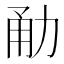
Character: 勈